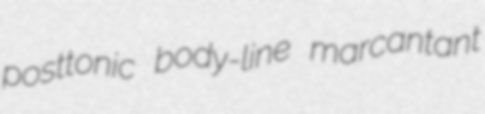
posttonic body-line marcantant